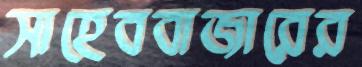
সাহেববাজারের